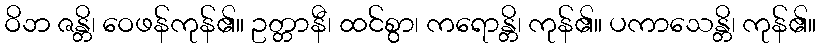
ဝိဘ ဇန္တိ၊ ဝေဖန်ကုန်၏။ ဥတ္တာနီ၊ ထင်စွာ၊ ကရောန္တိ၊ ကုန်၏။ ပကာသေန္တိ၊ ကုန်၏။